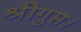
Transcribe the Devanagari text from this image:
श्रीगुप्त।